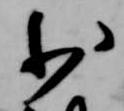
少